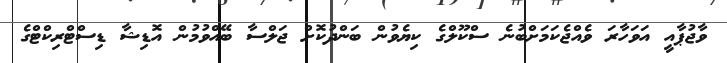
ވާޖުޕާއީ އަވަހާރަ ވެއްޖެކަމަށްބުނެ ސްކޫލްގެ ކިޔެވުން ބަންދުކޮށް ޖަލްސާ ބޭއްވުމުން އޮޑިޝާ ޑިސްޓްރިކްޓްގެ